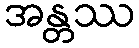
အန္တဿ